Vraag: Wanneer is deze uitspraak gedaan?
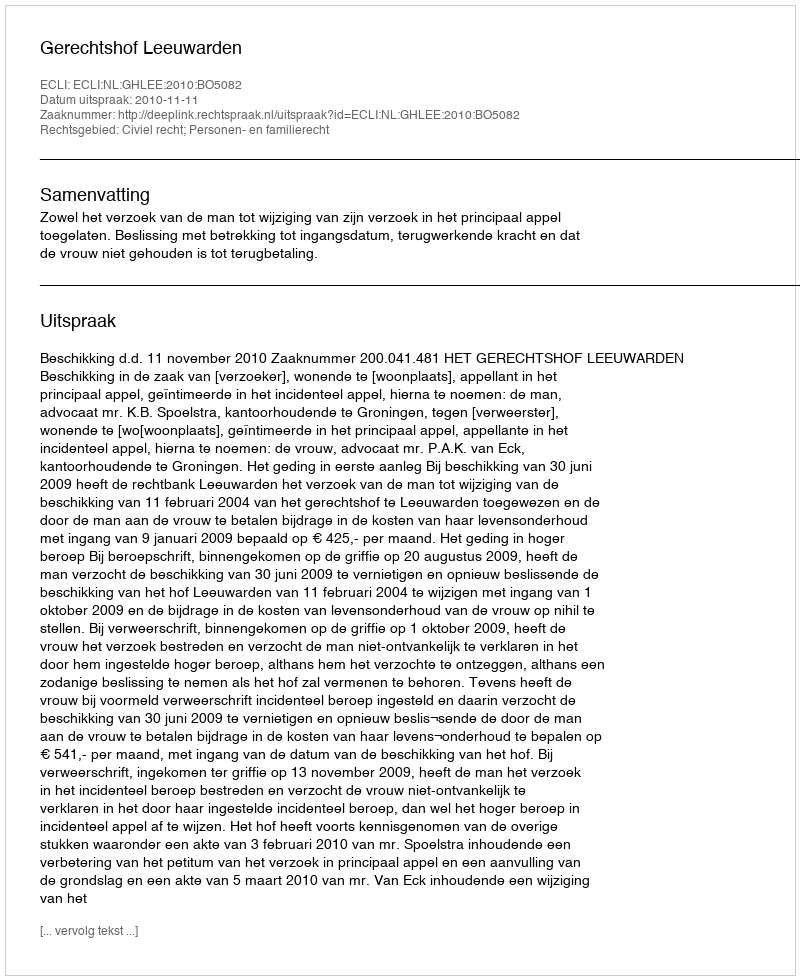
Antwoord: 2010-11-11